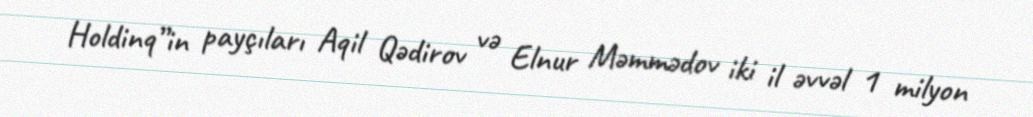
Holdinq”in payçıları Aqil Qədirov və Elnur Məmmədov iki il əvvəl 1 milyon